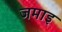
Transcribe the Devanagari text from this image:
जमाइ